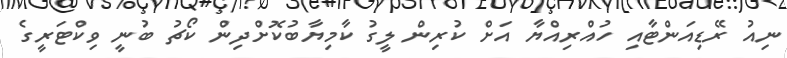
ނިއު ރޭޑިއަންޓާއި ހުއްރިއްޔާ އަށް ކުރިން ލީގު ކާމިޔާބުކޮށްދިން ކޯޗު ބުނީ ވިކްޓަރީގެ